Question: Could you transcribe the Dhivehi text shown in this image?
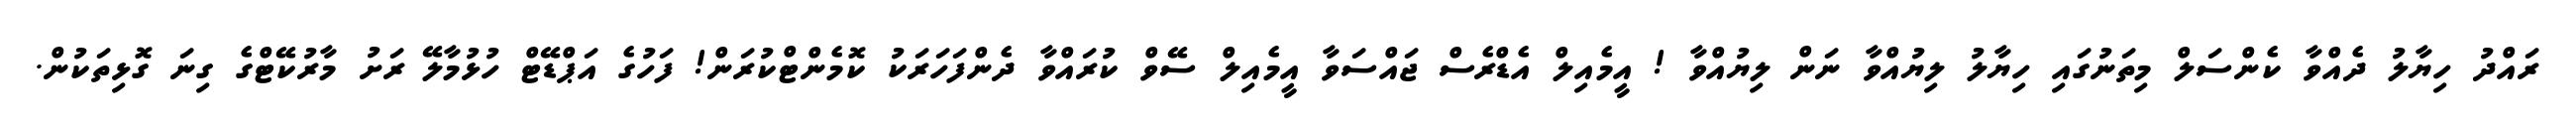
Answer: ރައްދު ހިޔާލު ދެއްވާ ކެންސަލް މިތަނުގައި ހިޔާލު ލިޔުއްވާ ނަން ލިޔުއްވާ ! އީމެއިލް އެޑްރެސް ޖައްސަވާ އީމެއިލް ސޭވް ކުރައްވާ ދެންފަހަރަކު ކޮމެންޓްކުރަން! ފަހުގެ އަޕްޑޭޓް ހުޅުމާލޭ ރަށު މާރުކޭޓްގެ ގިނަ ގޮޅިތަކުން.